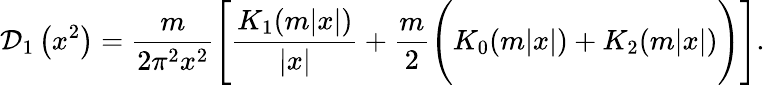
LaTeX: {\cal D}_{1}\left(x^{2}\right)=\frac{m}{2\pi^{2}x^{2}}\Biggl[\frac{K_{1}(m|x|)}{\left|x\right|}+\frac{m}{2}\Biggl(K_{0}(m|x|)+K_{2}(m|x|)\Biggr)\Biggr].